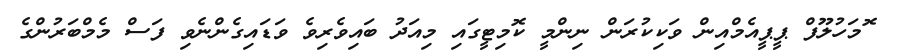
ޮޮމަހުލޫފް ޕީޕީއެމްއިން ވަކިކުރަން ނިންމީ ކޮމިޓީގައި މިއަދު ބައިވެރިވެ ވަޑައިގެންނެވި ފަސް މެމްބަރުންގެ